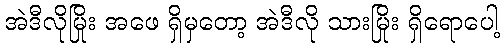
အဲဒီလိုမြိုး အဖေ ရှိမှတော့ အဲဒီလို သားမြိုး ရှိရောပေါ့